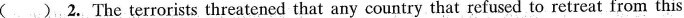
( ) 2.The terrorists threatened that any country that refused to retreat from this